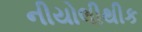
નીયોલીથીક